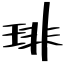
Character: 琲